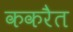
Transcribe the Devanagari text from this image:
ककरैत